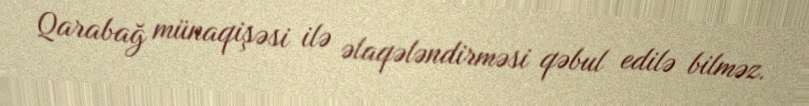
Qarabağ münaqişəsi ilə əlaqələndirməsi qəbul edilə bilməz.